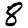
Digit: 8